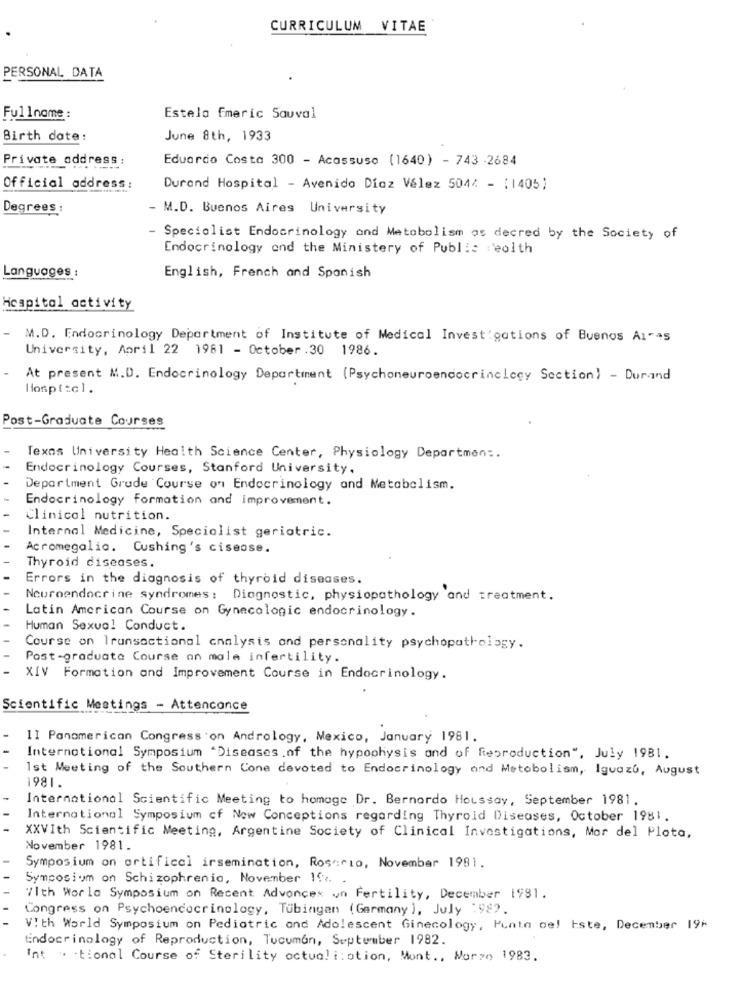
CURRICULUM VITAE
PERSONAL DATA
Fullname:
Estelo Emeric Savval
Birth date:
June 8th, 1933
Private address:
Eduardo Costa 300 - Acassuso (1640) - 743 -2684
Official address:
Durand Hospital - Avenido Díaz Vélez 5044 - (1405)
Degrees :
- M.D. Buenos Aires University
- Specialist Endocrinology and Metabolism os decred by the Society of
Endocrinology end the Ministery of Public :'eolth
Languages :
English, French and Spanish
Hospital activity
M.D. Endocrinology Department of Institute of Medical Investigations of Buenos Aires
University, April 22 1981 - October .30 1986.
At present M.D. Endocrinology Department (Psychoneuroendocrinelecy Section) - Durand
lospitel.
Post-Graduate Courses
Texas University Health Science Center, Physiology Departmen :.
Endocrinology Courses, Stanford University.
Department Grude Course on Endocrinology and Metabolism.
Endocrinology formation and improvement.
Clinical nutrition.
Internal Medicine, Specialist geriatric.
Acromegalia. Cushing's ciseose.
Thyroid diseases.
Errors in the diagnosis of thyroid diseases.
Neuroendocrine syndromes: Diagnostic, physiopathology and treatment.
Latin American Course on Gynecologic endocrinology.
Human Sexual Conduct.
Course on Transactional analysis and personality psychopathology.
Post-graduate Course an male infertility.
XIV Formation and Improvement Course in Endocrinology.
Scientific Meetings - Attencance
II Panamerican Congress on Andrology, Mexico, January 1981.
International Symposium "Diseases,of the hypophysis and of Reproduction", July 1981.
Ist Meeting of the Southern Cone devoted to Endocrinology and Metobolism, Iguazú, August
1981.
International Scientific Meeting to homage Dr. Bernardo Houssay, September 1981.
International Symposium of Now Conceptions regarding Thyroid Diseases, October 1981.
XXVIth Scientific Meeting, Argentine Society of Clinical Investigations, Mor del Plota,
November 1981.
Symposium on artificel irsemination, Rosario, November 1981.
Symposium on Schizophrenic, November 19 .. .
With World Symposium on Recent Advances un Fertility, December 1981.
Congress on Psychoendocrinology, Tubingan (Germany ), July 1982.
VIth World Symposium on Pediatric and Adolescent Ginecology, Punta del Este, December 19F
Endocrinology of Reproduction, Tucuman, September 1982.
Int . tional Course of Sterility actuali:otion, Mont ., Marzo 1983.